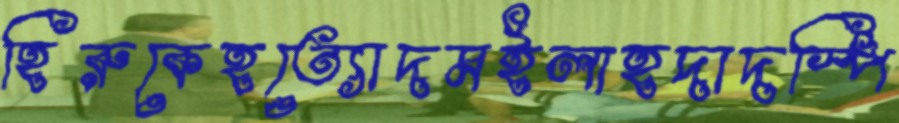
হিরুকেহত্যোদমইলাহদাদস্পি